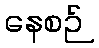
နေစဉ်